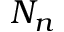
N _ { n }